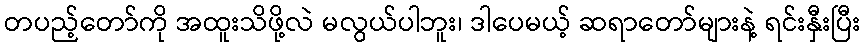
တပည့်တော်ကို အထူးသိဖို့လဲ မလွယ်ပါဘူး၊ ဒါပေမယ့် ဆရာတော်များနဲ့ ရင်းနှီးပြီး